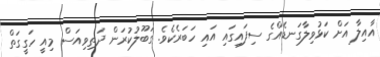
އާއިލާ އަށް ކަޅުވިލާގަނޑެއްގެ ސިފައިގައި އައި ހަބަރެކެވެ. ގަބޫލުކުރަން ދަތިވިއަސް މިއީ ހަގީގަތް